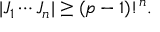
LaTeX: | J _ { 1 } \cdots J _ { n } | \geq ( p - 1 ) ! ^ { n } .